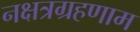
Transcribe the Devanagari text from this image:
नक्षत्रग्रहणाम